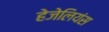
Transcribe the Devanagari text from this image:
हेजेलियंस